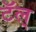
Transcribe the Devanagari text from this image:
टॅल्